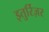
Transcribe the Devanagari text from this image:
इतुर्रिज़र